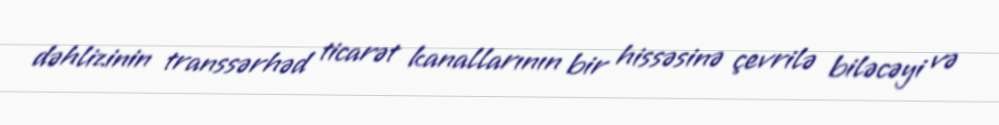
dəhlizinin transsərhəd ticarət kanallarının bir hissəsinə çevrilə biləcəyi və